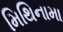
મિથિનામા